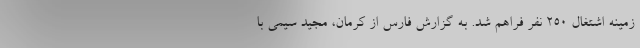
زمینه اشتغال ۲۵۰ نفر فراهم شد. به گزارش فارس از کرمان، مجید سیمی با